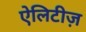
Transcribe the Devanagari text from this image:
ऐलिटीज़